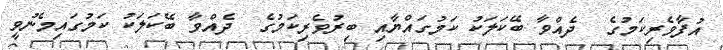
އުފާވެރިކަމުގެ  ދެއްވާ ބޭކަލަކު ކަމުގައްޔާއި ބިރުވެރިކަމުގެ  ދެއްވާ ބޭކަލަކު ކަމުގައިމެނުވީ